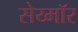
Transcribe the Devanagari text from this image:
सेय्मॉर